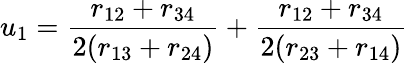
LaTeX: u_{1}=\frac{r_{12}+r_{34}}{2(r_{13}+r_{24})}+\frac{r_{12}+r_{34}}{2(r_{23}+r_{14})}